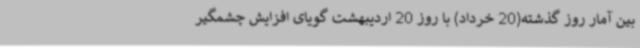
بین آمار روز گذشته(20 خرداد) با روز 20 اردیبهشت گویای افزایش چشمگیر